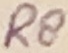
Text: RS